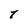
Character: T